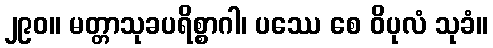
၂၉၀။ မတ္တာသုခပရိစ္စာဂါ၊ ပဿေ စေ ဝိပုလံ သုခံ။